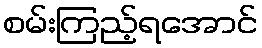
စမ်းကြည့်ရအောင်